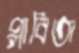
প্লাবিতা